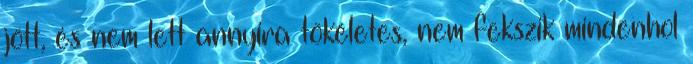
jött, és nem lett annyira tökéletes, nem fekszik mindenhol